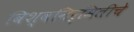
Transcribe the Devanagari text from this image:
विश्वनिर्मितीचे